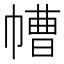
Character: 㡟